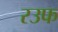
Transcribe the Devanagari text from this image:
रउफ